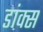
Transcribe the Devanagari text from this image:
डांक्स